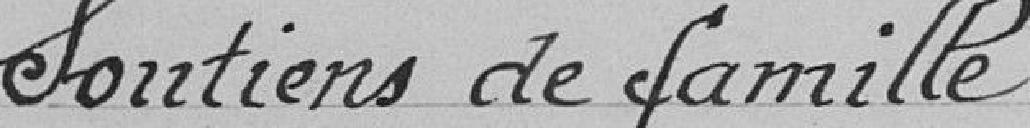
Soutiens de famille